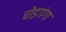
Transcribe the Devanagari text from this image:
चोड़गंगा